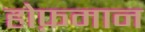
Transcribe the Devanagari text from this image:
होफ़मान